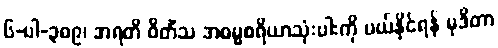
၆-ပါ-၃၈၉၊ အရတိ ဝိတိံသ အဓမ္မစရိယာသုံးပါးကို ပယ်နိုင်ရန် မုဒိတာ